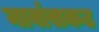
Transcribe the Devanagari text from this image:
नावांसकट